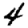
Digit: 4